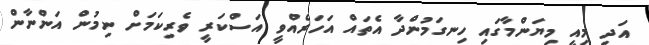
އަދި މިއީ މިޔަންމާގައި ހިނގަމުންދާ އެތައް އަހަރެއްވީ އަސްކަރީ ވެރިކަމަށް ނިމުން އަންނާން